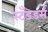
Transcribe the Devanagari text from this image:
स्टॅंडर्ड्स